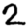
Digit: 2